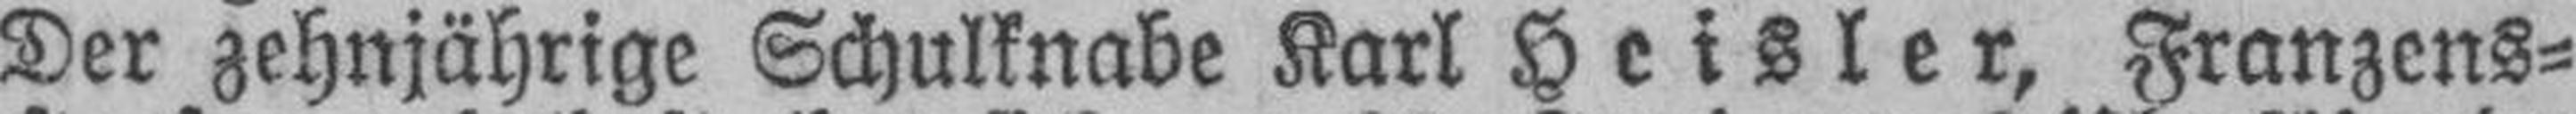
Der zehnjährige Schulknabe Karl Heisler, Franzens¬